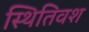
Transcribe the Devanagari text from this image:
स्थितिवश